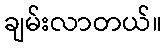
ချမ်းလာတယ်။